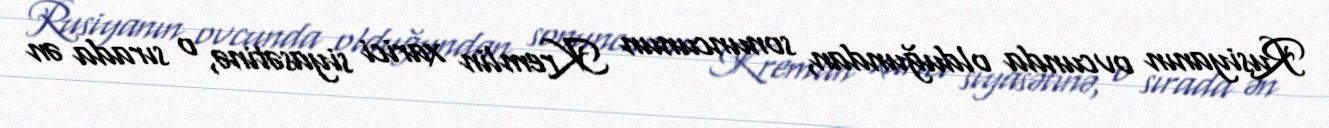
Rusiyanın ovcunda olduğundan, sonuncunun Kremlin xarici siyasətinə, o sırada ən